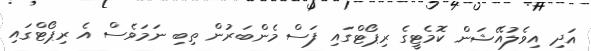
އަދި އިވެލުއޭޝަން ކޮމެޓީގެ ރިޕޯޓްގައި ފަސް މެންބަރުން ތިބި ނަމަވެސް އެ ރިޕޯޓްގައި